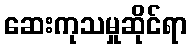
ဆေးကုသမှုဆိုင်ရာ